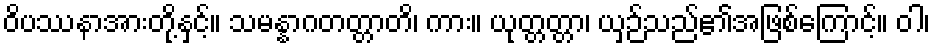
ဝိပဿနာအားတို့နှင့်။ သမန္နာဂတတ္တာတိ၊ ကား။ ယုတ္တတ္တာ၊ ယှဉ်သည်၏အဖြစ်ကြောင့်။ ဝါ၊